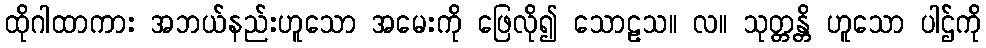
ထိုဂါထာကား အဘယ်နည်းဟူသော အမေးကို ဖြေလို၍ သောဠသ။ လ။ သုတ္တန္တိ ဟူသော ပါဌ်ကို